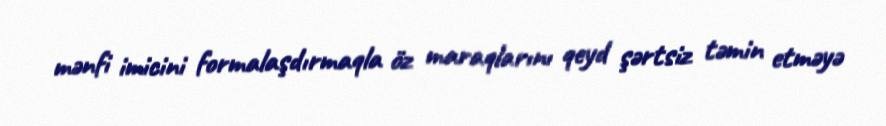
mənfi imicini formalaşdırmaqla öz maraqlarını qeyd şərtsiz təmin etməyə